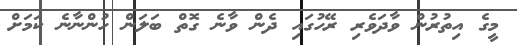
މީގެ އިތުރުން ވާދަވެރި ރޭހުގައި ދެން ވާނެ ގޮތް ބަލަން ހުންނާނެ ކަމަށް